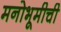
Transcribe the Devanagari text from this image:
मनोभूमीची